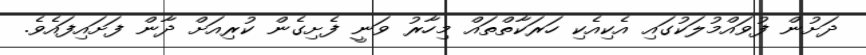
ދަށުން ފުވައްމުލަކުގައި އެކިއެކި ހަރަކާތްތައް މިހާރު ވަނީ ފެށިގެން ކުރިއަށް ދާން ފަށައިފައެވެ.